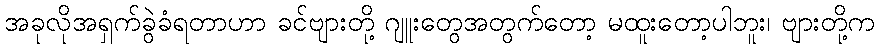
အခုလိုအရှက်ခွဲခံရတာဟာ ခင်ဗျားတို့ ဂျူးတွေအတွက်တော့ မထူးတော့ပါဘူး၊ ဗျားတို့က